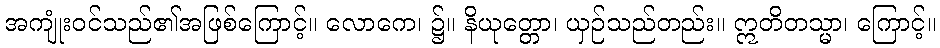
အကျုံးဝင်သည်၏အဖြစ်ကြောင့်။ လောကေ၊ ၌။ နိယုတ္တော၊ ယှဉ်သည်တည်း။ ဣတိတသ္မာ၊ ကြောင့်။